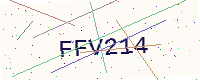
Text: FFV214